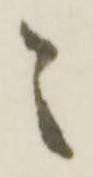
之